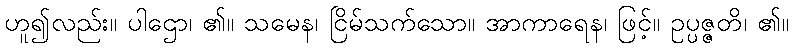
ဟူ၍လည်း။ ပါဌော၊ ၏။ သမေန၊ ငြိမ်သက်သော။ အာကာရေန၊ ဖြင့်။ ဥပ္ပဇ္ဇတိ၊ ၏။